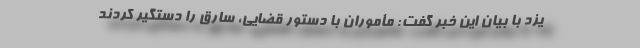
یزد با بیان این خبر گفت: مأموران با دستور قضایی، سارق را دستگیر کردند